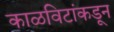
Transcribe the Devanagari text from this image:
काळविटांकडून